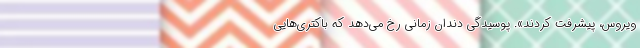
ویروس، پیشرفت کردند». پوسیدگی دندان زمانی رخ می‌دهد که باکتری‌هایی